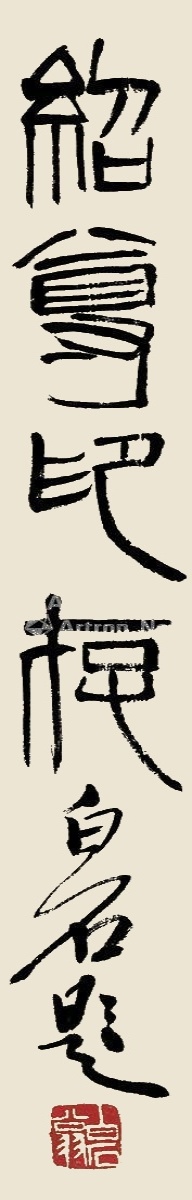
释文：绍尊印存。白石题。